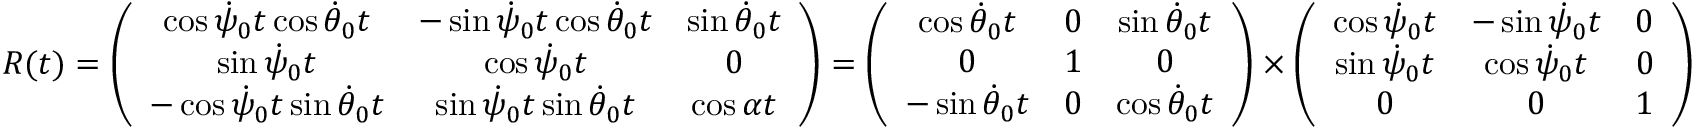
\begin{array} { r } { R ( t ) = \left( \begin{array} { c c c } { \cos \dot { \psi } _ { 0 } t \cos \dot { \theta } _ { 0 } t } & { - \sin \dot { \psi } _ { 0 } t \cos \dot { \theta } _ { 0 } t } & { \sin \dot { \theta } _ { 0 } t } \\ { \sin \dot { \psi } _ { 0 } t } & { \cos \dot { \psi } _ { 0 } t } & { 0 } \\ { - \cos \dot { \psi } _ { 0 } t \sin \dot { \theta } _ { 0 } t } & { \sin \dot { \psi } _ { 0 } t \sin \dot { \theta } _ { 0 } t } & { \cos \alpha t } \end{array} \right) = \left( \begin{array} { c c c } { \cos \dot { \theta } _ { 0 } t } & { 0 } & { \sin \dot { \theta } _ { 0 } t } \\ { 0 } & { 1 } & { 0 } \\ { - \sin \dot { \theta } _ { 0 } t } & { 0 } & { \cos \dot { \theta } _ { 0 } t } \end{array} \right) \times \left( \begin{array} { c c c } { \cos \dot { \psi } _ { 0 } t } & { - \sin \dot { \psi } _ { 0 } t } & { 0 } \\ { \sin \dot { \psi } _ { 0 } t } & { \cos \dot { \psi } _ { 0 } t } & { 0 } \\ { 0 } & { 0 } & { 1 } \end{array} \right) } \end{array}